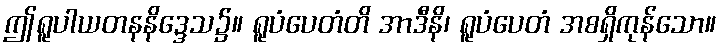
ဤရူပါယတနနိဒ္ဒေသ၌။ ရူပံပေတံတိ အာဒီနိ၊ ရူပံပေတံ အစရှိကုန်သော။